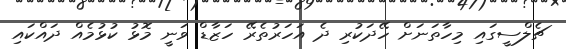
ޗެލްސީގައި މިހާތަނަށް ހޭދަކުރި ދެ އަހަރުތެރޭ ހަޒާޑް ވަނީ މޮޅު ކުޅުމެއް ދައްކައި